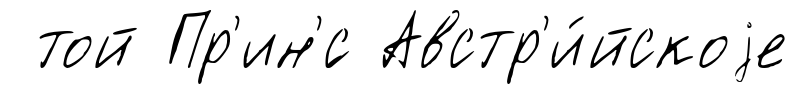
той Пр'ин'́с Австр'и́йскоjе